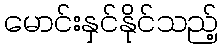
မောင်းနှင်နိုင်သည့်